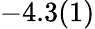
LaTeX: -4.3(1)